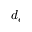
d _ { e }